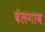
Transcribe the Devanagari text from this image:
बेलगाव